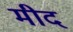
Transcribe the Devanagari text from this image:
मीद